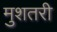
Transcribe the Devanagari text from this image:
मुशतरी